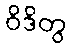
ဝိဒိတွ